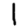
Digit: 1